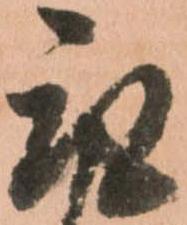
取